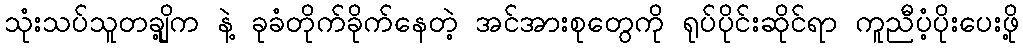
သုံးသပ်သူတချို့က နဲ့ ခုခံတိုက်ခိုက်နေတဲ့ အင်အားစုတွေကို ရုပ်ပိုင်းဆိုင်ရာ ကူညီပံ့ပိုးပေးဖို့